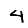
Digit: 4